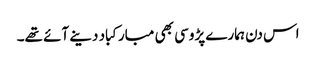
اس دن ہمارے پڑوسی بھی مبارکباد دینے آئے تھے۔